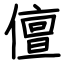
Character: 儃